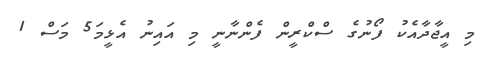
މި އީޖާދާއެކު ފޯނުގެ ސްކްރީން ފެންނާނީ މި އައިނު އެޅީމަ5 މަސް 1